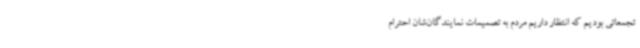
تجمعاتی بودیم که انتظار داریم مردم به تصمیمات نمایندگان‌شان احترام